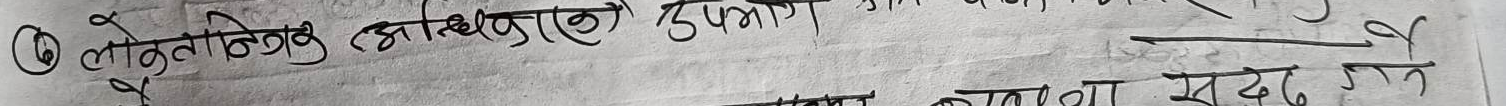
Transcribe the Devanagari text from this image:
(२) लोकतान्त्रिक अधिकारको दुरुपयोग
सदा रहने है